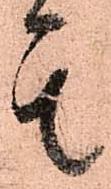
其